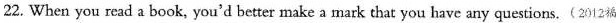
22. When you read a book, you'd better makea mark that you have any questions.(2012福